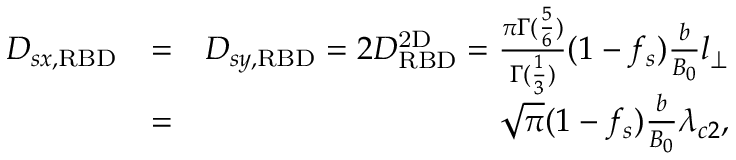
\begin{array} { r l r } { D _ { s x , \mathrm { R B D } } } & { = } & { D _ { s y , \mathrm { R B D } } = 2 D _ { \mathrm { R B D } } ^ { \mathrm { 2 D } } = \frac { \pi \Gamma ( \frac { 5 } { 6 } ) } { \Gamma ( \frac { 1 } { 3 } ) } ( 1 - f _ { s } ) \frac { b } { B _ { 0 } } l _ { \perp } } \\ & { = } & { \sqrt { \pi } ( 1 - f _ { s } ) \frac { b } { B _ { 0 } } \lambda _ { c 2 } , } \end{array}